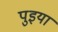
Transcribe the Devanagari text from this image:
पुइया